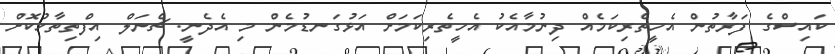
ކައިސްގެ ފަރާތުން އެހީތެރިކަމެއް ދިނުމާއެކު އެހީތެރިކަމަށް އަޅުގަނޑުމެން މި އެދެނީ. ޗެނަލް އިފްތިތާހުކޮށް